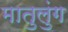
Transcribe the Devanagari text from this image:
मातुलुंग